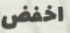
اخفض